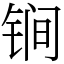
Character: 锏